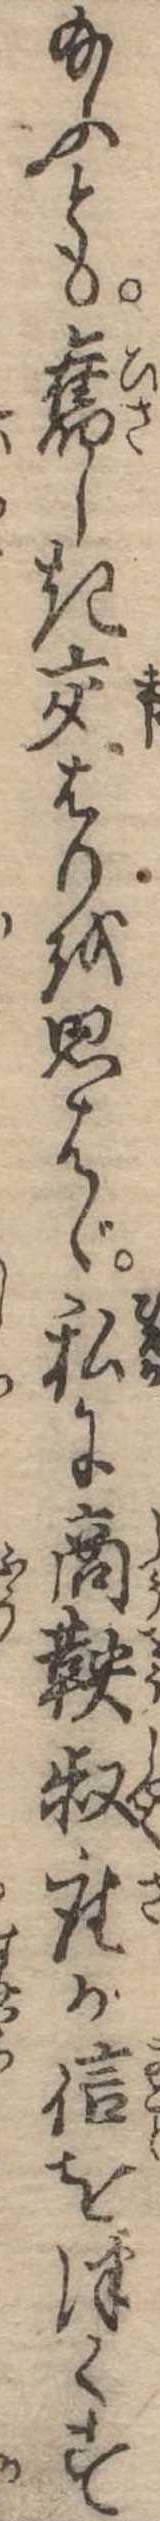
給ふとも旧しき交はりを思はゞ私に商鞅叔座が信をつくす